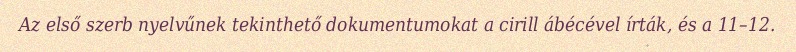
Az első szerb nyelvűnek tekinthető dokumentumokat a cirill ábécével írták, és a 11–12.